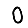
Digit: 0